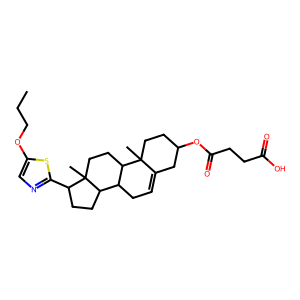
SMILES: CCCOc1cnc(C2CCC3C4CC=C5CC(OC(=O)CCC(=O)O)CCC5(C)C4CCC23C)s1
Inhibits HIV replication: No